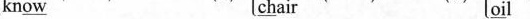
kn\underline{ow} \underline{ch}air \underline{oi}l